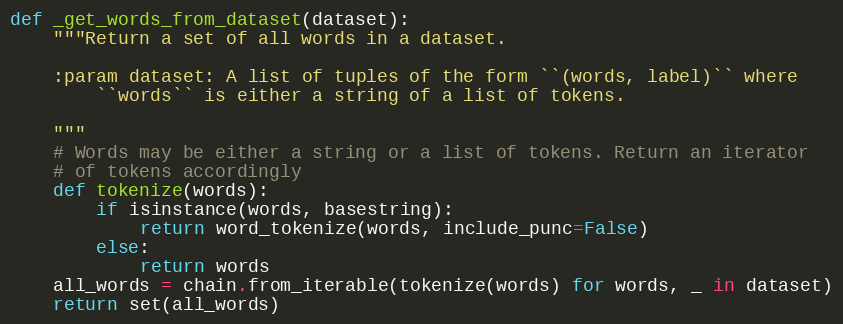
Language: Python
def _get_words_from_dataset(dataset):
    """Return a set of all words in a dataset.

    :param dataset: A list of tuples of the form ``(words, label)`` where
        ``words`` is either a string of a list of tokens.

    """
    # Words may be either a string or a list of tokens. Return an iterator
    # of tokens accordingly
    def tokenize(words):
        if isinstance(words, basestring):
            return word_tokenize(words, include_punc=False)
        else:
            return words
    all_words = chain.from_iterable(tokenize(words) for words, _ in dataset)
    return set(all_words)